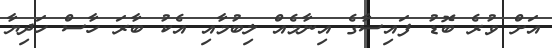
އަށް ވުރެ ބޮޑު ފައިސާގެ އިނާމެއް ލިބުމާއި އެކު ބާރަ ހާސް ހަދިޔާ